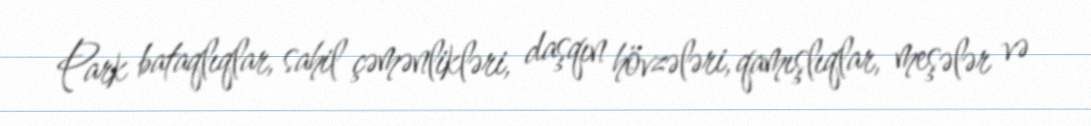
Park bataqlıqlar, sahil çəmənlikləri, daşqın hövzələri, qamışlıqlar, meşələr və